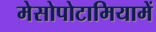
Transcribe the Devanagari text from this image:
मेसोपोटामियामें